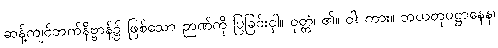
ဆန့်ကျင်ဘက်နိဗ္ဗာန်၌ ဖြစ်သော ဉာဏ်ကို ပြခြင်းငှါ။ ဝုတ္တံ၊ ၏။ ဝါ၊ ကား။ ဘယတုပဋ္ဌာနေန၊